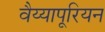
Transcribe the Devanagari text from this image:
वैय्यापूरियन